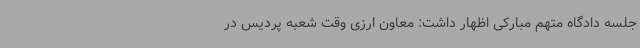
جلسه دادگاه متهم مبارکی اظهار داشت: معاون ارزی وقت شعبه پردیس در